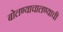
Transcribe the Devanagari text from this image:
बोलण्याचालण्याची